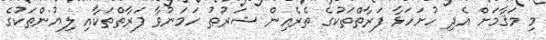
މި މަޤާމަށް އެދި ހުށަހަޅާ ފަރާތްތަކުގެ ތެރެއިން ޝަރުޠު ހަމަނުވާ ފަރާތްތަކާއި ލިޔުންތަކުގެ